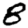
Digit: 8